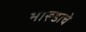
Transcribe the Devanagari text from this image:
भारूडाचे